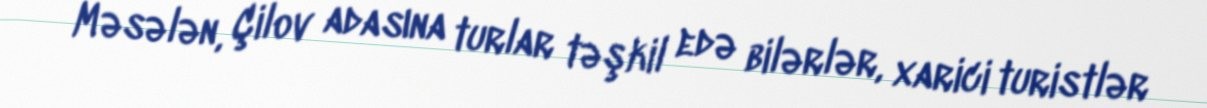
Məsələn, Çilov adasına turlar təşkil edə bilərlər, xarici turistlər